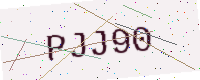
Text: PJJ90